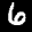
Label: 6